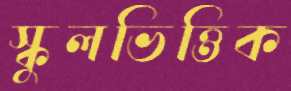
স্কুলভিত্তিক